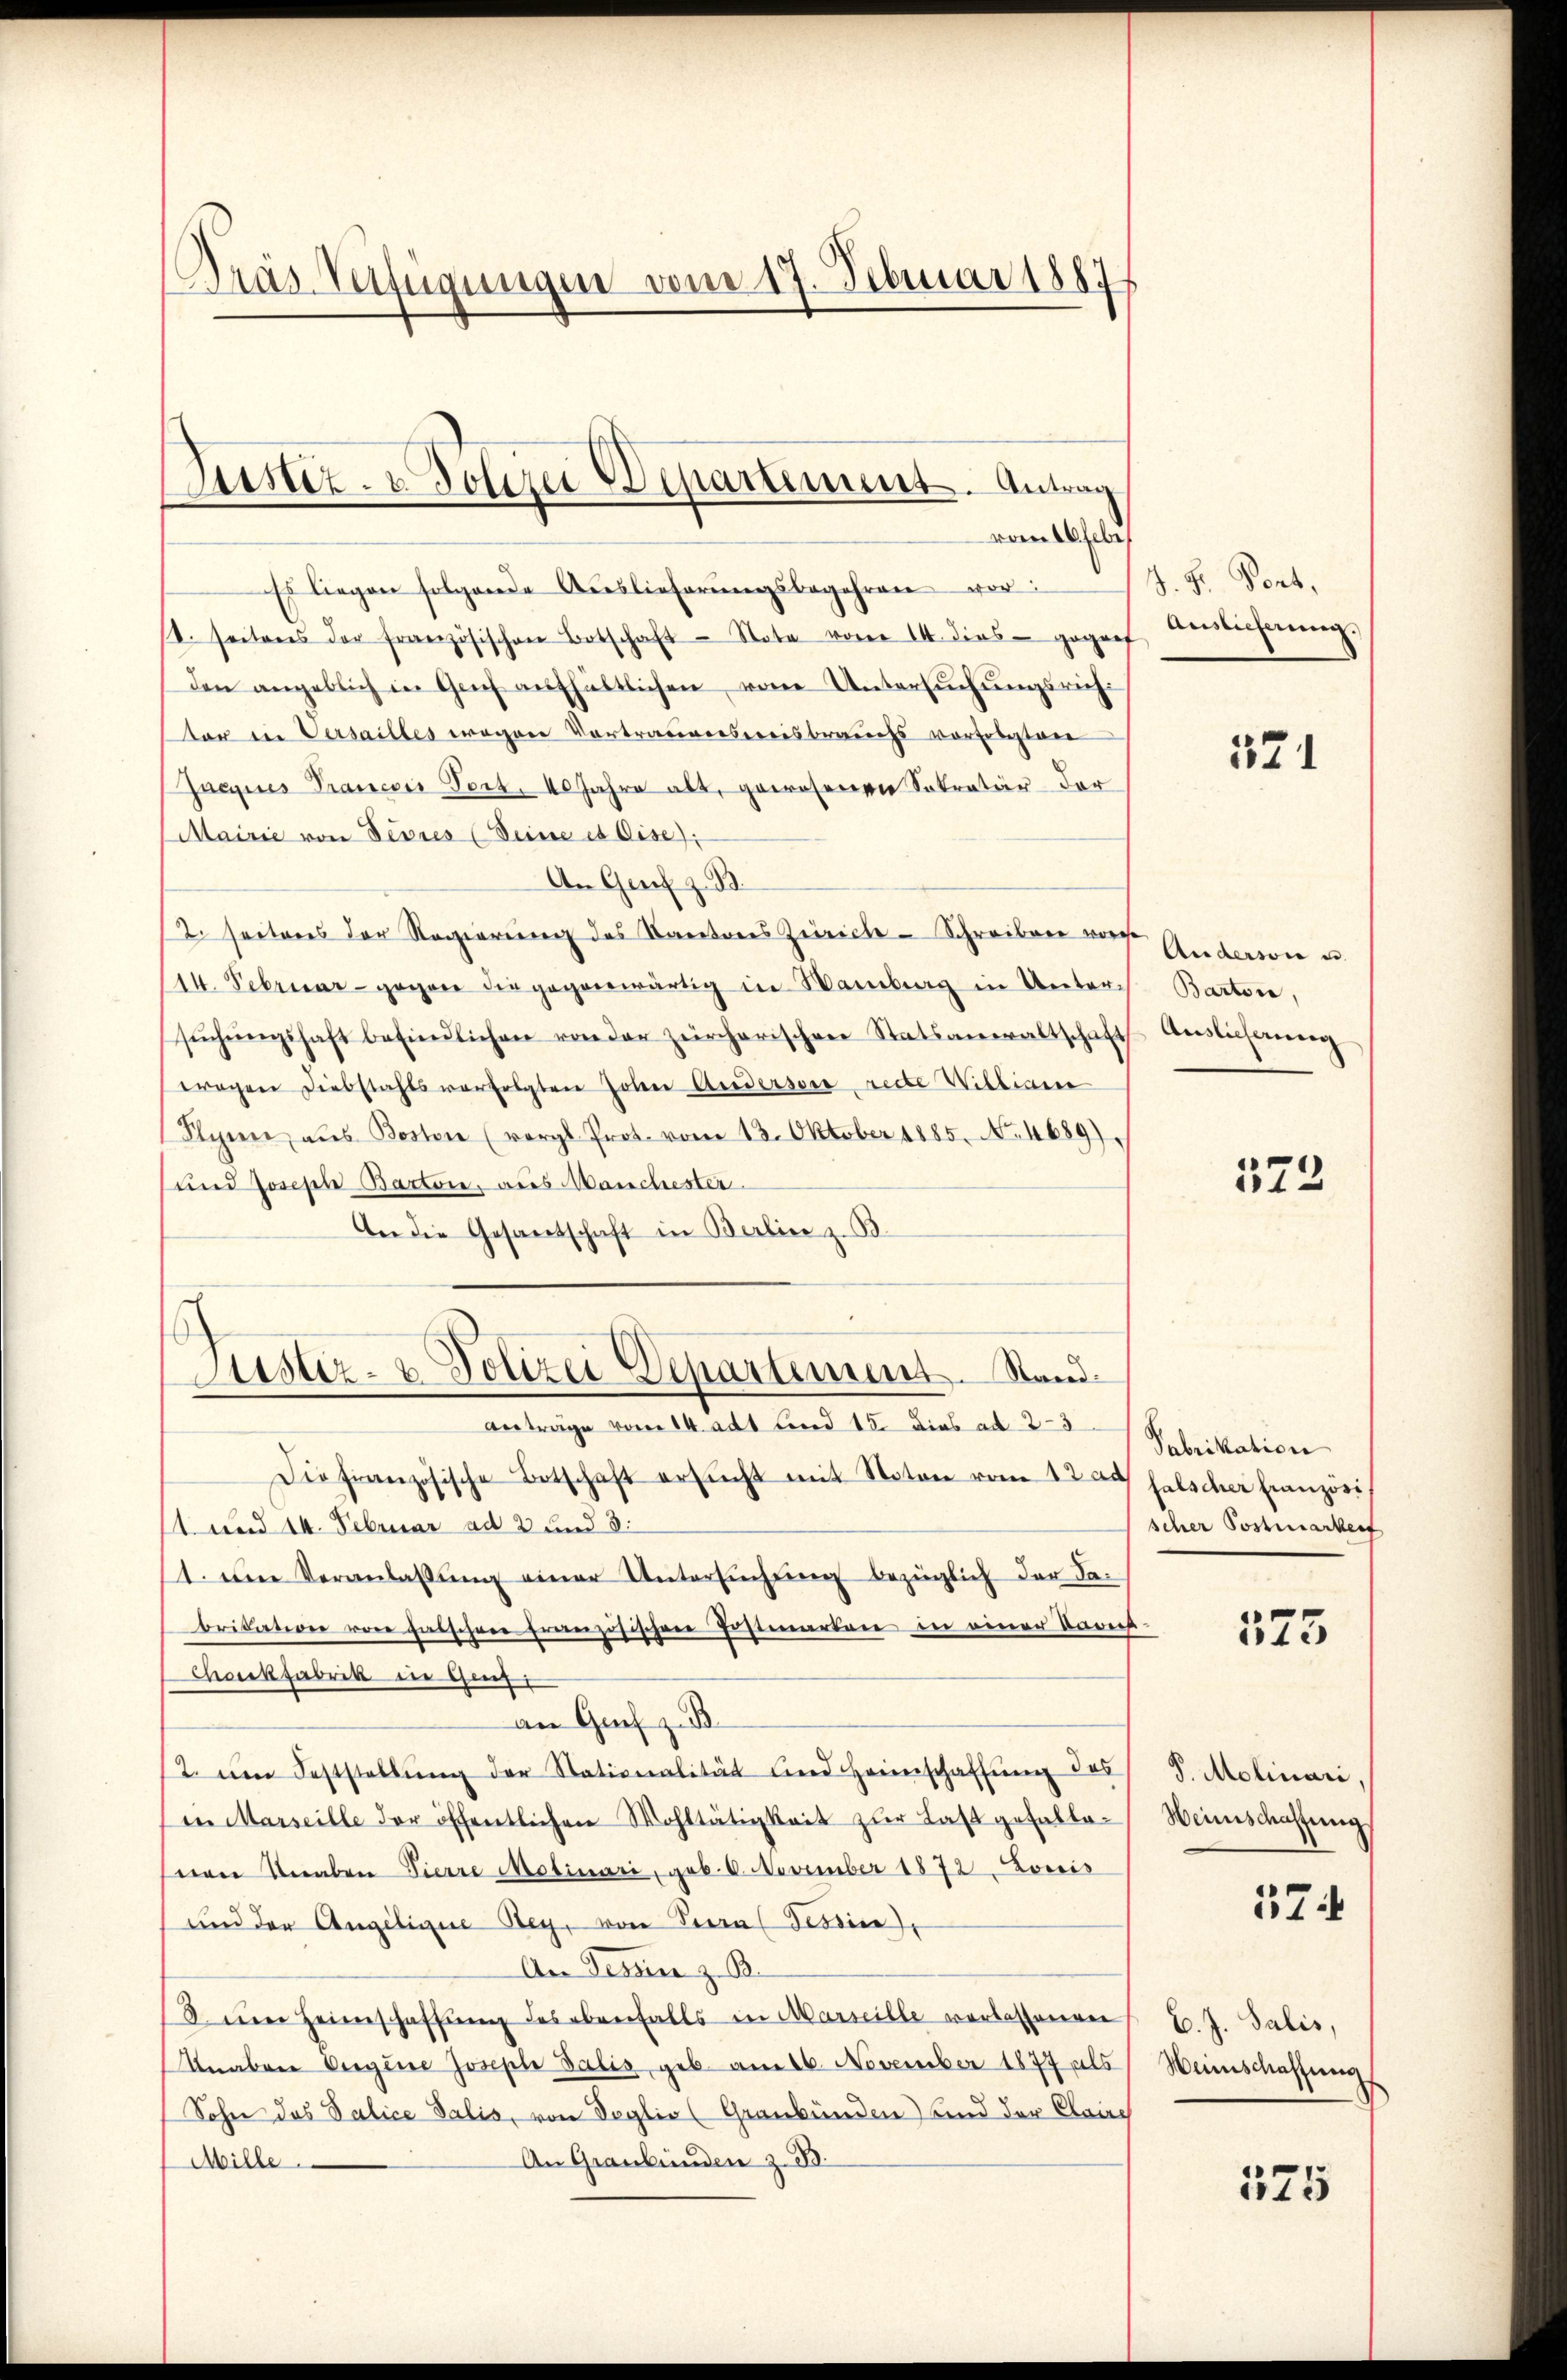
Dras Verfügungen vom 17. Februar 1887

Es liegen folgende Auslieferŭngsbegehren vor
/4. seitens der französischen Botschaft Nota vom 14. dies gegen Berlicherŭng.
den angeblich in Gech aufhältlichen von Untersŭchŭngsrichtor in Versailles wegen Vortrauensereisbrauchs vorfobstan
Gneques Trancois Vort. 40 Jahre alt, gewesenen Sekretär der
Mairie von Feures (Seine et Cise):
An Genf z. B.
2. seiteres der Regierung des Kantons Zürich Schreiben vor Andersee un
114. Februar gegen die gegenwärtig in Wamberg in Unter-
sŭchŭngshaft befindlichen von der zürcherischen Statsanwaltschaft
trogen Diebstahls verfolgten Johne Anderseit rede Williane
Syen aus Bostone (vergl. Prot. vom 13. Oktober 1885. No. 4689).
und Joseph Bartone, aus Manchester
An die Gesamtschaft in Berline z. B.
Justiz- & Polizei Departement. Stand
Anträge vom 14. adt und 15. dies ad 2-3
Die französische Botschaft ersŭcht mit Naton vom 12. ad falscher Französis
1 und 14. Februar ad 2 und 3.
1. Den Veranlassŭng einer Untersŭchŭng bezüglich der da-
bridation von gaischen französischen Erstmarten in einer Barech¬
Chanckfabrik in Ganz
an Graf z. B.
2. eine Feststellŭng der Stationalität und Heimschaffung des
in Marseille der öffentlichen Wohltätigkeit zŭr Last gefalle-
sene Veraben Tierre Molinari, geb. 6. November 1872. Louis
und der Angeligne Bey, von Seras Tessin,
An Tessin z. B.
8 im Heimschaffung des ebenfalls in Marseille verlassenen
Knaben Gegene Joseph Balis geb. am 16. November 1877 als
Sohn das Salice Salis, von Seglio (Graubünden) sind der Claire
An Graubünden z. B.
Mille.

Justiz- & Polizei Departement. Antrag
vom 26 febr.

J. Hr. Pont,

121

Barton,
Auslicherung

573

Fabrikation
scher Postmarkeit

573

S. Molinari,
Weinschaffung
57

C. J. Salis,
Wunschaffung

575